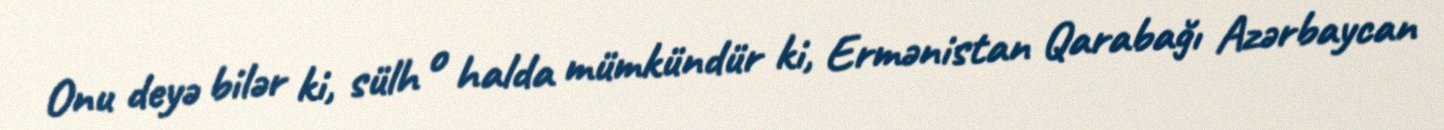
Onu deyə bilər ki, sülh o halda mümkündür ki, Ermənistan Qarabağı Azərbaycan